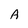
Character: A